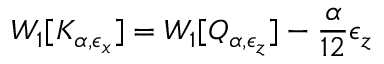
W _ { 1 } [ K _ { \alpha , \epsilon _ { x } } ] = W _ { 1 } [ Q _ { \alpha , \epsilon _ { z } } ] - { \frac { \alpha } { 1 2 } } \epsilon _ { z } ~ ~ ~